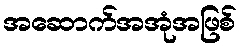
အဆောက်အအုံအဖြစ်